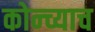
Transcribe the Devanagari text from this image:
कोन्च्याच